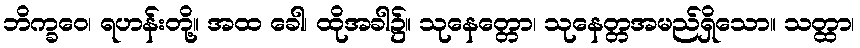
ဘိက္ခဝေ၊ ရဟန်းတို့။ အထ ခေါ၊ ထိုအခါ၌။ သုနေတ္တော၊ သုနေတ္တအမည်ရှိသော။ သတ္ထာ၊